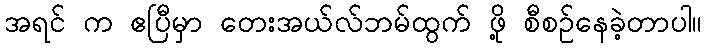
အရင် က ဧပြီမှာ တေးအယ်လ်ဘမ်ထွက် ဖို့ စီစဉ်နေခဲ့တာပါ။